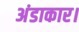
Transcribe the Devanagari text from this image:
अंडाकार।